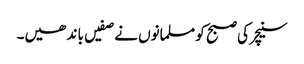
سنیچر کی صبح کو مسلمانوں نے صفیں با ند ھیں۔